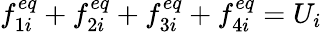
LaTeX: f_{1i}^{eq}+f_{2i}^{eq}+f_{3i}^{eq}+f_{4i}^{eq}=U_{i}